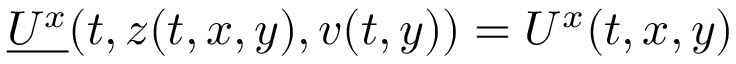
\underline { { U ^ { x } } } ( t , z ( t , x , y ) , v ( t , y ) ) = U ^ { x } ( t , x , y )